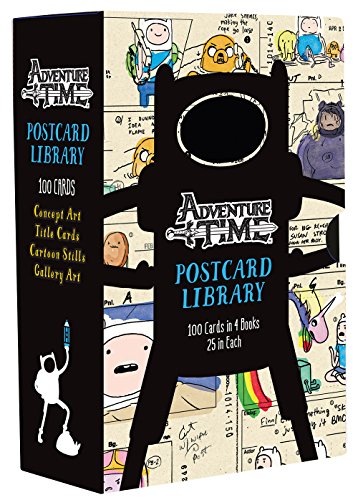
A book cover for Adventure Time Postcard Library: 100 Cards in 4 Books, 25 in Each; Cartoon Network; Arts & Photography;